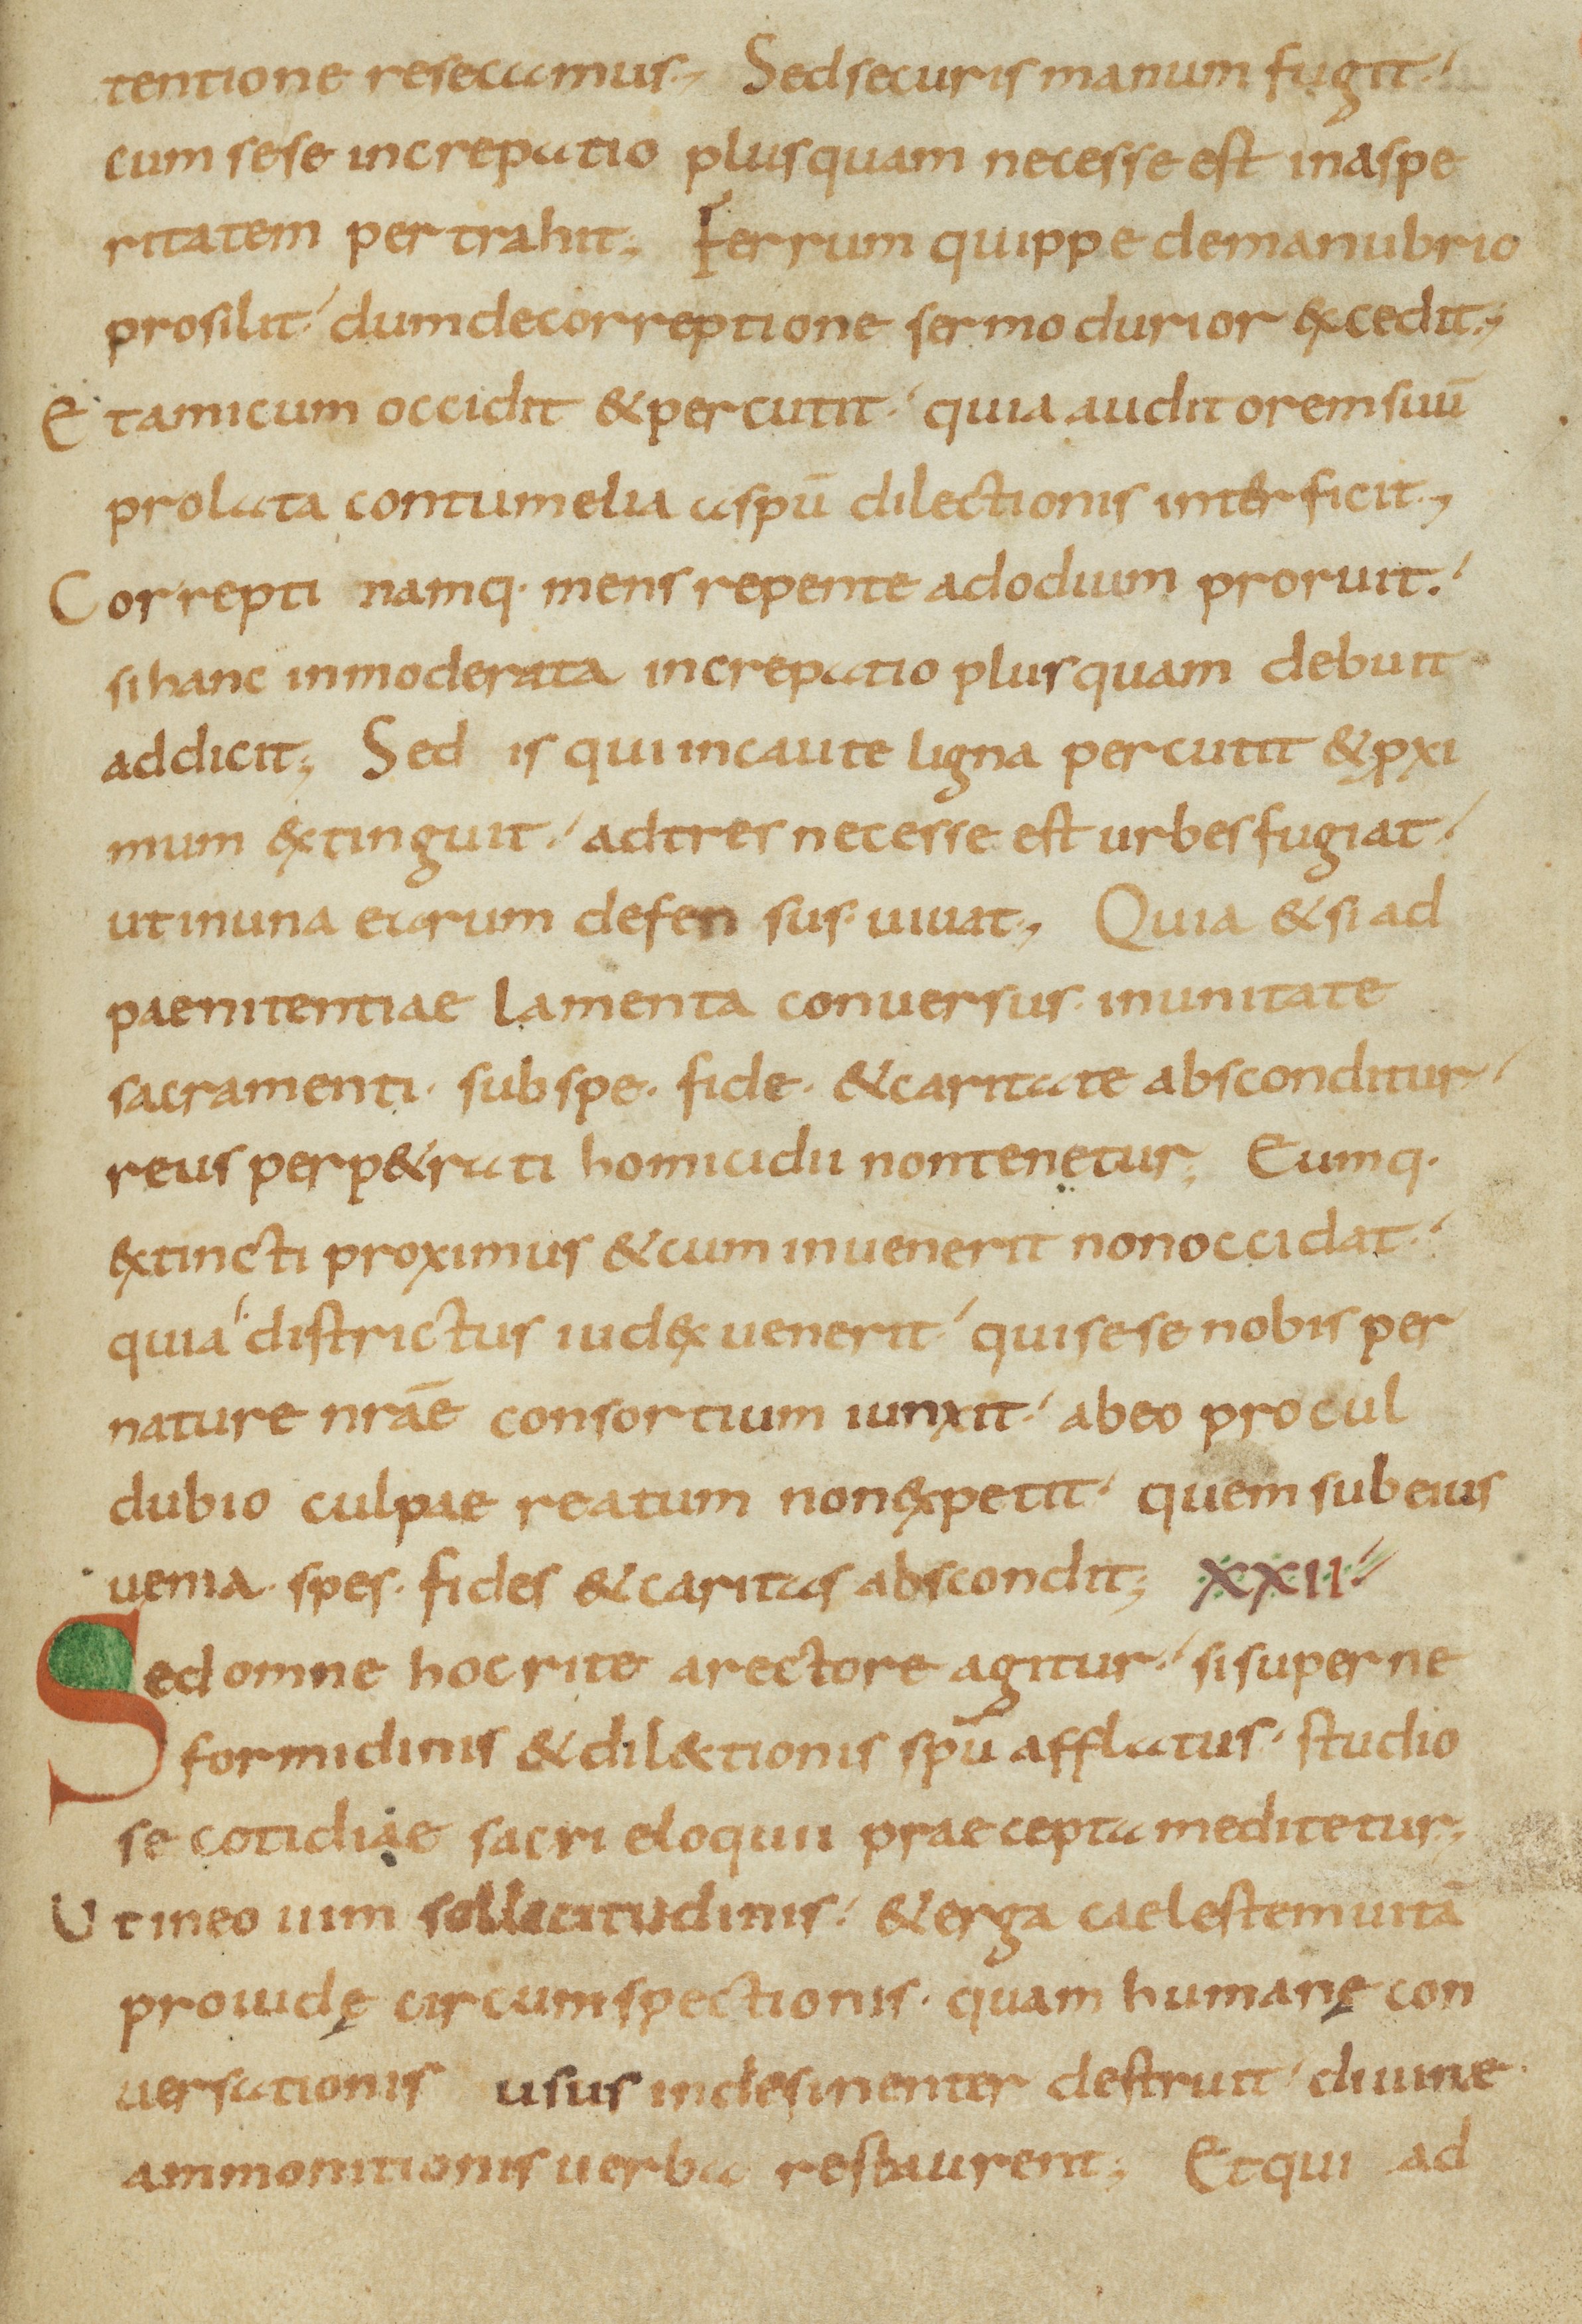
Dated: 800–899